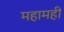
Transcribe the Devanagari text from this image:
महामही